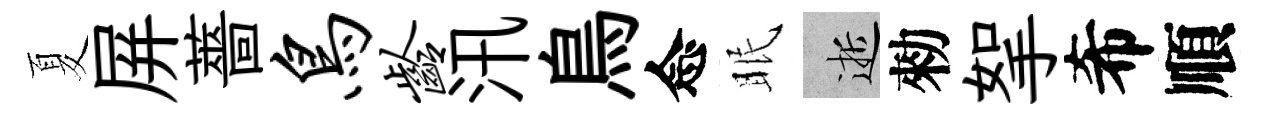
夏屏薔鸟龄汛鳥念眠逝勑挐希順